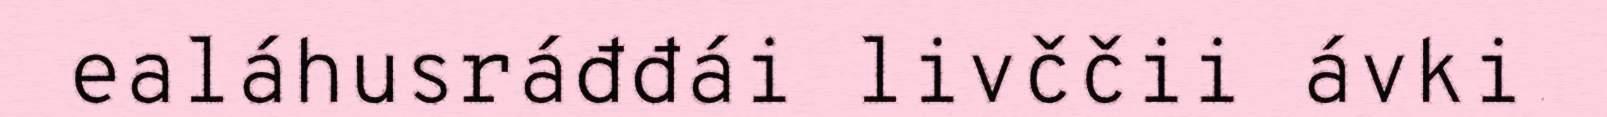
ealáhusráđđái livččii ávki